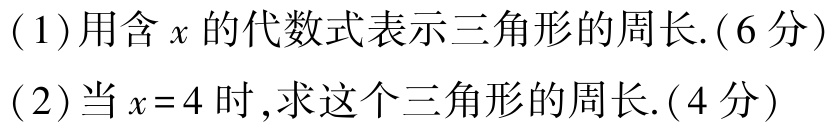
(1)用含\(x\)的代数式表示三角形的周长.(6分)
(2)当\(x = 4\)时,求这个三角形的周长.(4分)